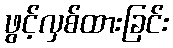
ဖွင့်လှစ်ထားခြင်း